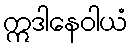
ဣဒါနေဝါယံ